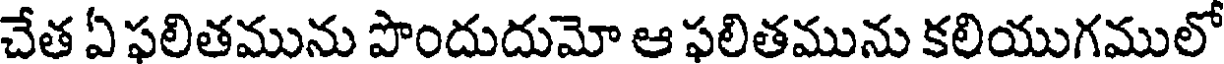
చేత ఏ ఫలితమును పొందుదుమో ఆ ఫలితమును కలియుగములో